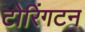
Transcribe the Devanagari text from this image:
टोरिंगटन